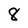
Character: 8